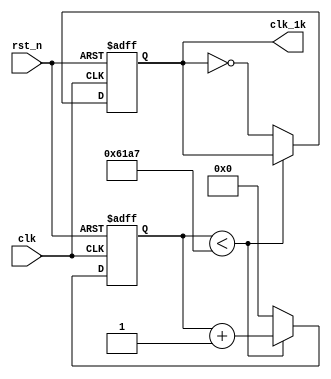
// This is a simple example.
// You can make a your own header file and set its path to settings.
// (Preferences > Package Settings > Verilog Gadget > Settings - User)
//
//		"header": "Packages/Verilog Gadget/template/verilog_header.v"
//
// -----------------------------------------------------------------------------
// Copyright (c) 2014-2017 All rights reserve
// -----------------------------------------------------------------------------
// Create : 2017-07-22 21:39:18
// Editor : sublime text3, tab size (4), encoding(UTF-8)
// -----------------------------------------------------------------------------

module freq (clk,rst_n,clk_1k);
	input clk;    // Clock  50Mhz
	input rst_n;  // Asynchronous reset active low
	output reg clk_1k;

	reg [32:0] counter;    //  #(.counter_num(24'd24999999 + 24'd24999999)) u1freq
	parameter [32:0] counter_num = 50_000_000 / 1_000/ 2 -1;    //24_999   1KHZ clock
	always @(posedge clk or negedge rst_n) 
	begin : proc_1
		if(~rst_n) 
			begin
				 clk_1k <= 0;
				counter <= 16'd0;
			end 
		else 
			begin
				if(counter < counter_num ) 
					begin
						counter <= counter +1;

					end
				else
					begin
						counter <= 0;
						clk_1k <= ~clk_1k;
					end

			end
	end  //proc_1


endmodule